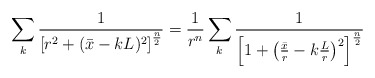
\begin{align*}\sum_k{1\over \left[r^2+(\bar{x}-kL)^2\right]^{n\over 2}}={1\over r^n} \sum_k {1\over \left[1+\left({\bar{x}\over r}-k{L\over r}\right)^2\right]^{n\over 2}}\end{align*}